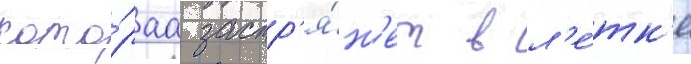
кото́раа застр'я́н'ет в л'е́тк'е